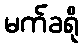
မက်ခရို